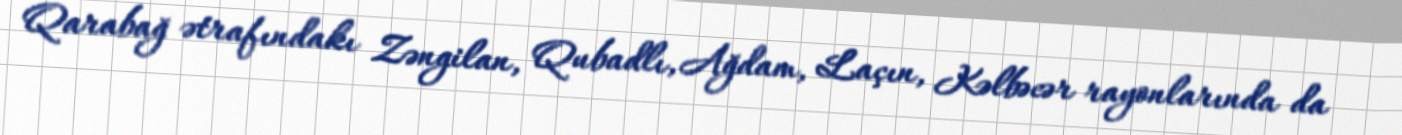
Qarabağ ətrafındakı Zəngilan, Qubadlı, Ağdam, Laçın, Kəlbəcər rayonlarında da